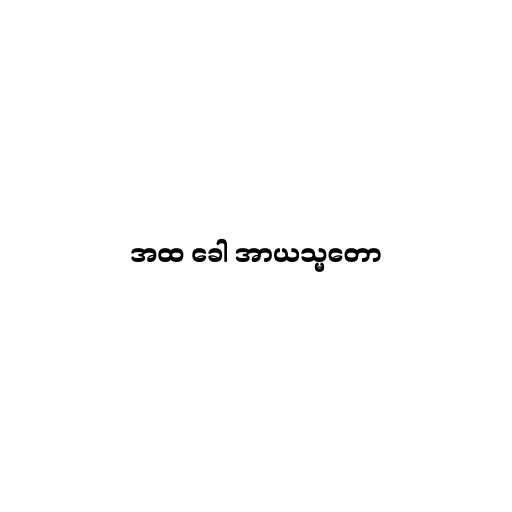
အထ ခေါ အာယသ္မတော